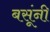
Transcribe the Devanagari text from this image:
बसूंनी